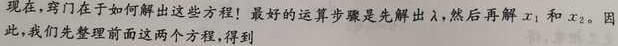
现在, 窍门在于如何解出这些方程！最好的运算步骤是先解出$\lambda$, 然后再解$x_1$和$x_2$。因此, 我们先整理前面这两个方程, 得到